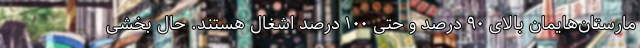
مارستان‌هایمان بالای ۹۰ درصد و حتی ۱۰۰ درصد اشغال هستند. حال بخشی